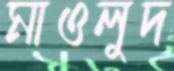
মাওলুদ